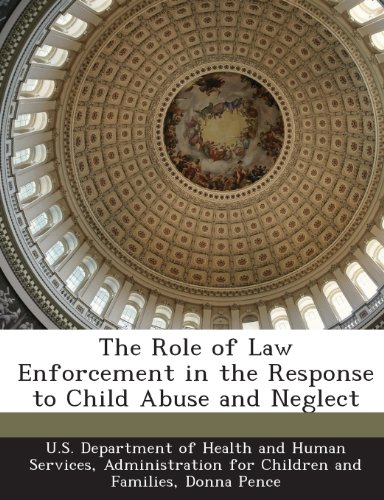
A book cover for The Role of Law Enforcement in the Response to Child Abuse and Neglect; Donna Pence; Law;